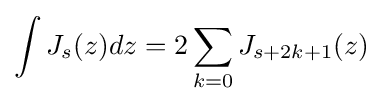
\int J_{s}(z)dz=2\sum _{k=0}J_{s+2k+1}(z)